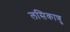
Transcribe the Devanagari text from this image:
लसिकाणु